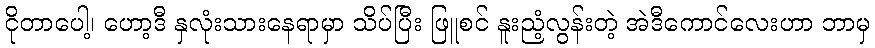
ငိုတာပေါ့၊ ဟော့ဒီ နှလုံးသားနေရာမှာ သိပ်ပြီး ဖြူစင် နူးညံ့လွန်းတဲ့ အဲဒီကောင်လေးဟာ ဘာမှ